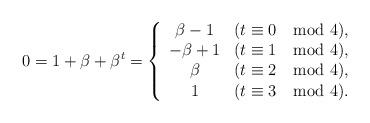
LaTeX: \begin{align*}0 = 1+ \beta + \beta^t = \left\{ \begin{array}{c l}\beta-1 & (t \equiv 0 \mod 4), \\-\beta+1 & (t \equiv 1 \mod 4), \\\beta & (t \equiv 2 \mod 4), \\1 & (t \equiv 3 \mod 4). \\\end{array}\right.\end{align*}